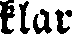
klar